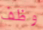
وظف